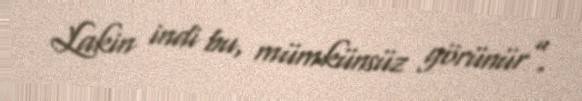
Lakin indi bu, mümkünsüz görünür”.